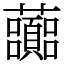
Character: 虈